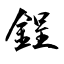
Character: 鋥